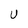
Character: U